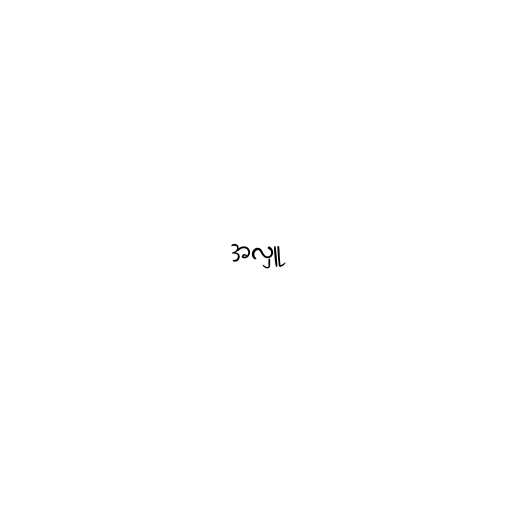
အလှူ